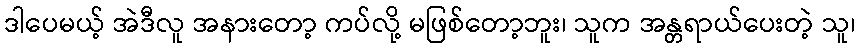
ဒါပေမယ့် အဲဒီလူ အနားတော့ ကပ်လို့ မဖြစ်တော့ဘူး၊ သူက အန္တရာယ်ပေးတဲ့ သူ၊